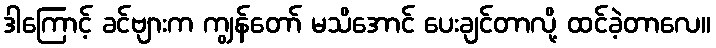
ဒါကြောင့် ခင်ဗျားက ကျွန်တော် မသိအောင် ပေးချင်တာလို့ ထင်ခဲ့တာလေ။